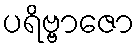
ပရိဗ္ဗာဇော